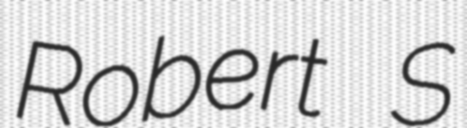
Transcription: Robert S